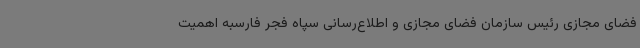
فضای مجازی رئیس سازمان فضای مجازی و اطلاع‌رسانی سپاه فجر فارسبه اهمیت